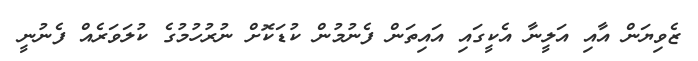
ޒެވިޔަން އާއި އަލީނާ އެކީގައި އައިތަން ފެނުމުން ކުޑަކޮށް ނުރުހުމުގެ ކުލަވަރެއް ފެނުނީ